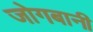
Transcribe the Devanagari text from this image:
जोगबानी